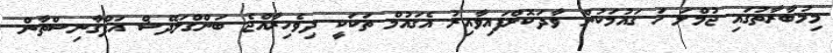
މިމުބާރާތުގައި ޖުމްލަ ހަ ގައުމަކުން ވާދަކޮށްފައިވާއިރު އެގައުމް ތަކަކީ ދިވެހިރާއްޖެ ބަންގްލަދޭޝް އަފްގާނިސްތާން